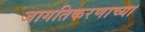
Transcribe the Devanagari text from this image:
जागतिकरणाच्या